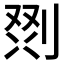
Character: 𭃲